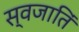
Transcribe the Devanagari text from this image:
स्वजातिं